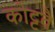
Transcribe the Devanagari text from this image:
कोट्टवै